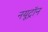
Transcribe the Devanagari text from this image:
नयूट्रॉन